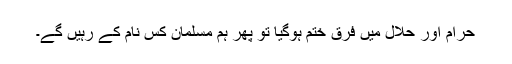
حرام اور حلال میں فرق ختم ہوگیا تو پھر ہم مسلمان کس نام کے رہیں گے۔